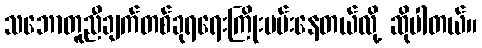
သဘောတူညီချက်တစ်ခုရရေးကြိုးပမ်းနေတယ်လို့ ဆိုပါတယ်။